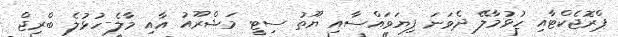
ޕްރޮޖެކްޓާއި ހުޅުމާލޭ ދެވަނަ ފިޔަވައްސާއި ޔޫތު ސިޓީ މަޝްރޫއު އާއި މާލެ-ހުޅުލެ ބްރިޖް